Lunatic asylums Central Provinces reports 1895-1909 - 1895-1909
Year: 1895
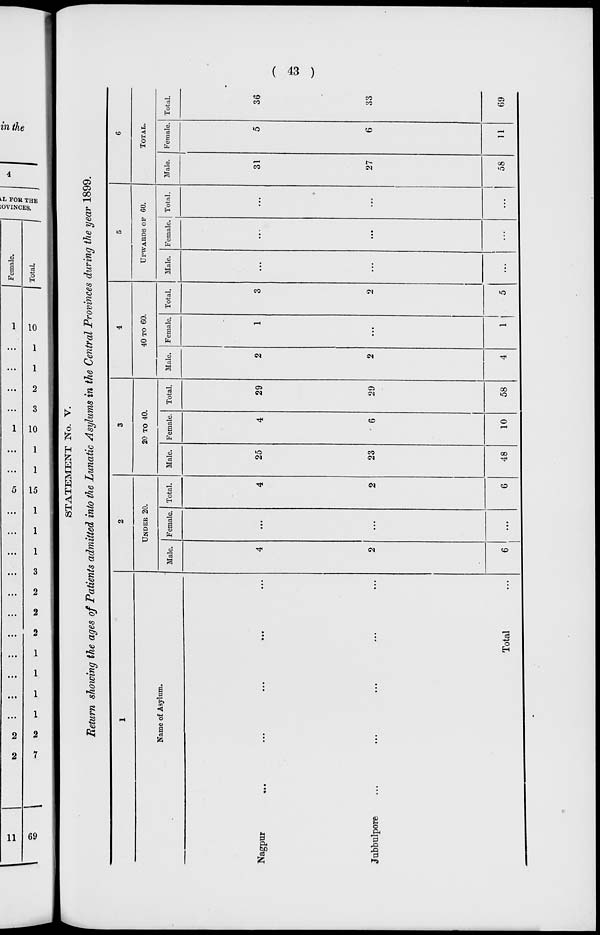
( 43 )
STATEMENT No. V.
Return showing the ages of Patients admitted into the Lunatic Asylums in the Central Provinces during the year 1899.
1
Name of Asylum.
Nagpur ... ... ... ... ...
Jubbulpore ... ... ... ... ... ...
Total ...
2
UNDER 20.
Male.
4
2
6
Female.
...
...
...
Total.
4
2
6
3
20 TO 40.
Male.
25
23
48
Female.
4
6
10
Total.
29
29
58
4
40 TO 60.
Male.
2
2
4
Female.
1
...
1
Total.
3
2
5
5
UPWARDS OF 60.
Male.
...
...
...
Female.
...
...
...
Total.
...
...
...
6
TOTAL.
Male.
31
27
58
Female.
5
6
11
Total.
36
33
69